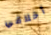
أخلاقي